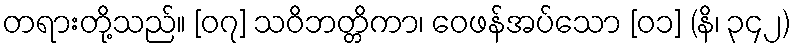
တရားတို့သည်။ [၀၇] သဝိဘတ္တိကာ၊ ဝေဖန်အပ်သော [၀၁] (နိ၊ ၃၄၂)